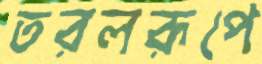
তরলরূপে